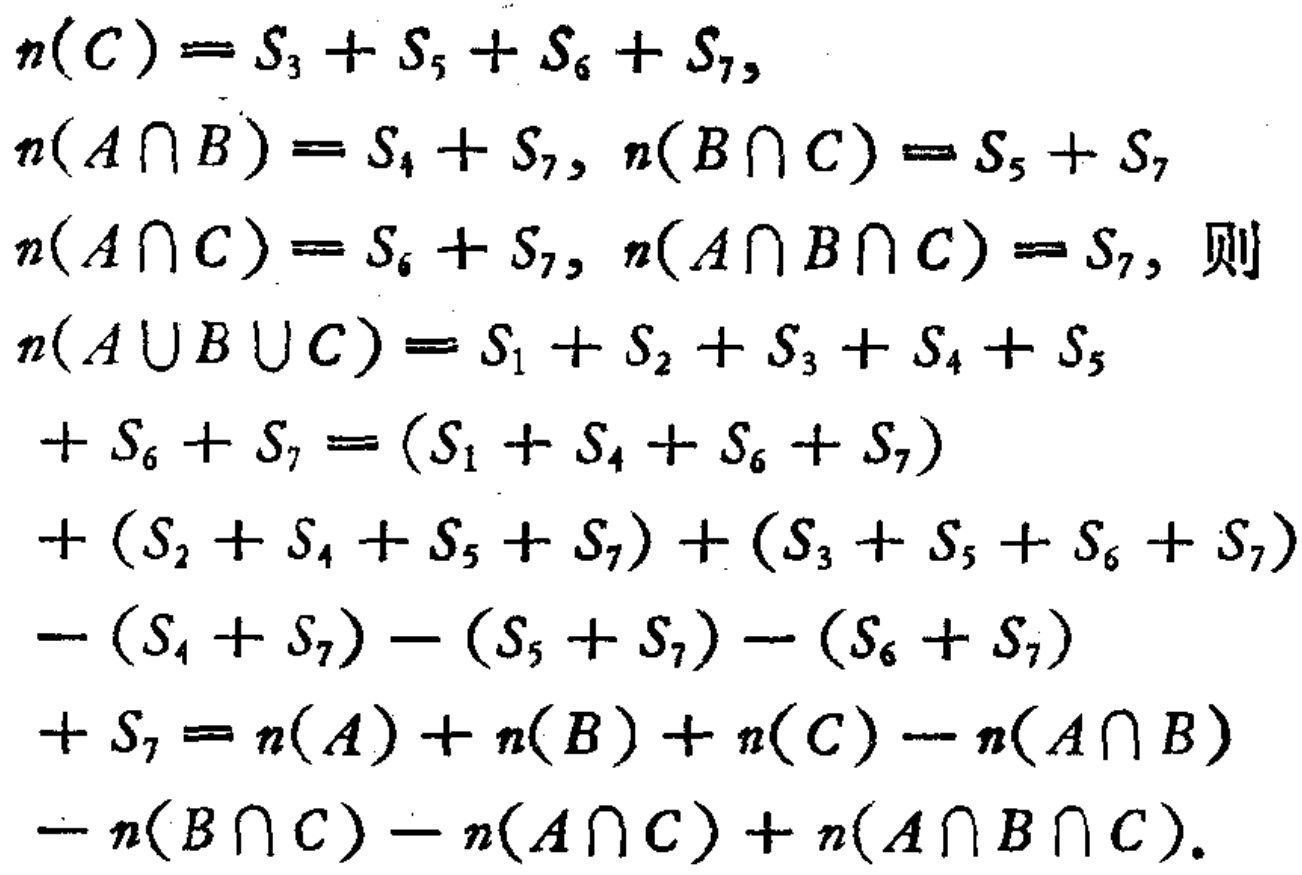
\[

\begin{align*}

n(C)&=S_{3}+S_{5}+S_{6}+S_{7},\\

n(A\cap B)&=S_{4}+S_{7},~n(B\cap C)=S_{5}+S_{7}\\

n(A\cap C)&=S_{6}+S_{7},~n(A\cap B\cap C)=S_{7}, \text{则}\\

n(A\cup B\cup C)&=S_{1}+S_{2}+S_{3}+S_{4}+S_{5}\\

&+S_{6}+S_{7}=(S_{1}+S_{4}+S_{6}+S_{7})\\

&+(S_{2}+S_{4}+S_{5}+S_{7})+(S_{3}+S_{5}+S_{6}+S_{7})\\

&-(S_{4}+S_{7})-(S_{5}+S_{7})-(S_{6}+S_{7})\\

&+S_{7}=n(A)+n(B)+n(C)-n(A\cap B)\\

&-n(B\cap C)-n(A\cap C)+n(A\cap B\cap C).

\end{align*}

\]